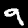
Label: 9